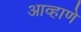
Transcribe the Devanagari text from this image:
आव्हाणे